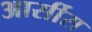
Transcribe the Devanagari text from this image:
आर्सीस